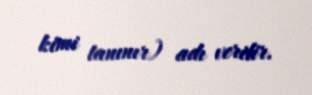
kimi tanınır) adı verilir.